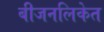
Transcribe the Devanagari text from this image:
बीजनलिकेत